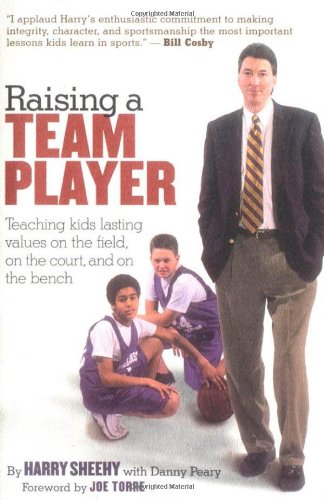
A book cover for Raising a Team Player: Teaching Kids Lasting Values on the Field, on the Court and on the Bench; Danny Peary; Sports & Outdoors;